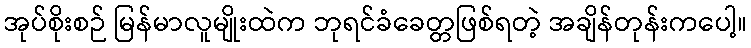
အုပ်စိုးစဉ် မြန်မာလူမျိုးထဲက ဘုရင်ခံခေတ္တဖြစ်ရတဲ့ အချိန်တုန်းကပေါ့။